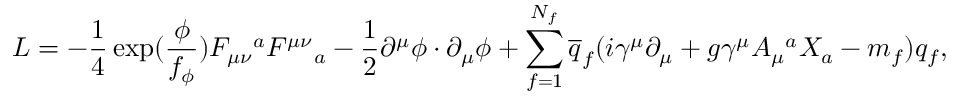
{ \cal L } = - \frac { 1 } { 4 } \exp ( \frac { \phi } { f _ { \phi } } ) F _ { \mu \nu } { } ^ { a } F ^ { \mu \nu } { } _ { a } - \frac { 1 } { 2 } \partial ^ { \mu } \phi \cdot \partial _ { \mu } \phi + \sum _ { f = 1 } ^ { N _ { f } } \overline { { { q } } } _ { f } ( i \gamma ^ { \mu } \partial _ { \mu } + g \gamma ^ { \mu } A _ { \mu } { } ^ { a } X _ { a } - m _ { f } ) q _ { f } ,